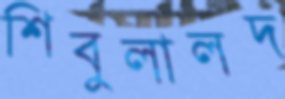
শিবুলালদ